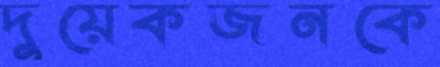
দুয়েকজনকে